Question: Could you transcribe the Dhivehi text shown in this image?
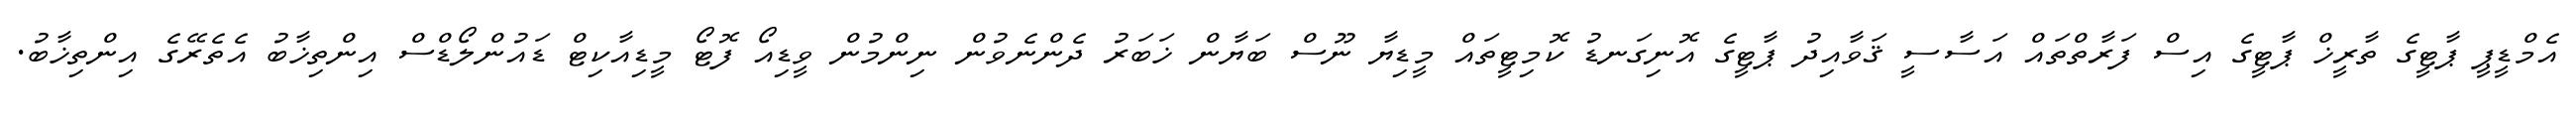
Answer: އެމްޑީޕީ ޕާޓީގެ ތާރީޚް ޕާޓީގެ އިސް ފަރާތްތައް އަސާސީ ޤަވާއިދު ޕާޓީގެ އޮނިގަނޑު ކޮމިޓީތައް މީޑިޔާ ނޫސް ބަޔާން ޚަބަރު ދެންނެވުން ނިންމުން ވީޑިއޯ ފޮޓޯ މީޑިއާކިޓް ޑައުންލޯޑްސް އިންތިޚާބު އެތެރޭގެ އިންތިޚާބު.